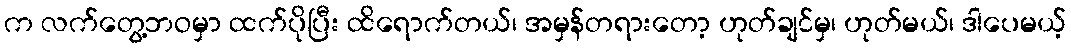
က လက်တွေ့ဘဝမှာ ထက်ပိုပြီး ထိရောက်တယ်၊ အမှန်တရားတော့ ဟုတ်ချင်မှ၊ ဟုတ်မယ်၊ ဒါပေမယ့်